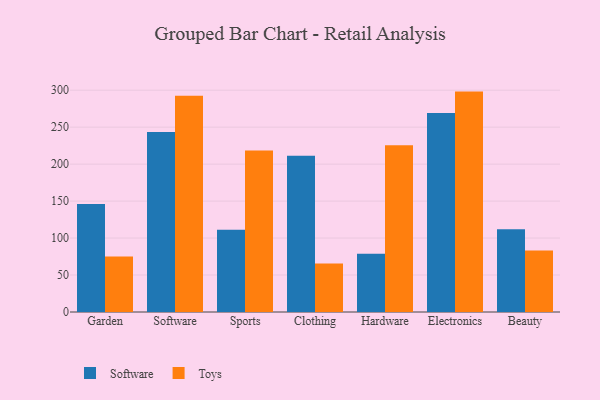
{"axis": {"x": "Category", "y": "Temperature (°C)"}, "legend": ["Software", "Toys"], "data": [{"x": "Garden", "y": 146.0, "type": "Software"}, {"x": "Garden", "y": 74.9, "type": "Toys"}, {"x": "Software", "y": 243.4, "type": "Software"}, {"x": "Software", "y": 292.4, "type": "Toys"}, {"x": "Sports", "y": 111.4, "type": "Software"}, {"x": "Sports", "y": 218.5, "type": "Toys"}, {"x": "Clothing", "y": 211.3, "type": "Software"}, {"x": "Clothing", "y": 65.5, "type": "Toys"}, {"x": "Hardware", "y": 78.8, "type": "Software"}, {"x": "Hardware", "y": 225.4, "type": "Toys"}, {"x": "Electronics", "y": 269.1, "type": "Software"}, {"x": "Electronics", "y": 298.1, "type": "Toys"}, {"x": "Beauty", "y": 111.9, "type": "Software"}, {"x": "Beauty", "y": 83.1, "type": "Toys"}]}